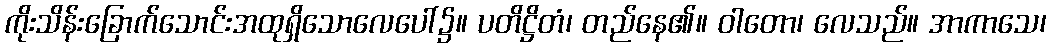
ကိုးသိန်းခြောက်သောင်းအထုရှိသောလေပေါ်၌။ ပတိဋ္ဌိတံ၊ တည်နေ၏။ ဝါတော၊ လေသည်။ အာကာသေ၊